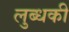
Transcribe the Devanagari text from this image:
लुब्धकी